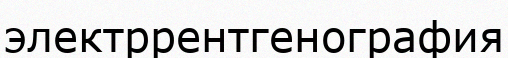
электррентгенография